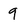
Character: 9